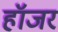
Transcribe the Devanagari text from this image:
हॉजर